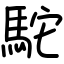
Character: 駝